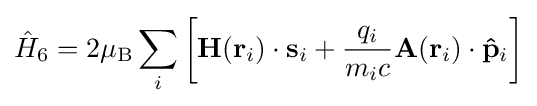
{\hat {H}}_{6}=2\mu _{\rm {B}}\sum _{i}\left[\mathbf {H} (\mathbf {r} _{i})\cdot \mathbf {s} _{i}+{\frac {q_{i}}{m_{i}c}}\mathbf {A} (\mathbf {r} _{i})\cdot \mathbf {\hat {p}} _{i}\right]